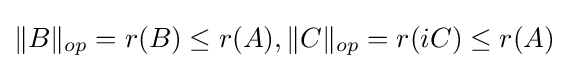
{\textstyle \|B\|_{op}=r(B)\leq r(A),\|C\|_{op}=r(iC)\leq r(A)}